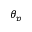
\theta _ { p }